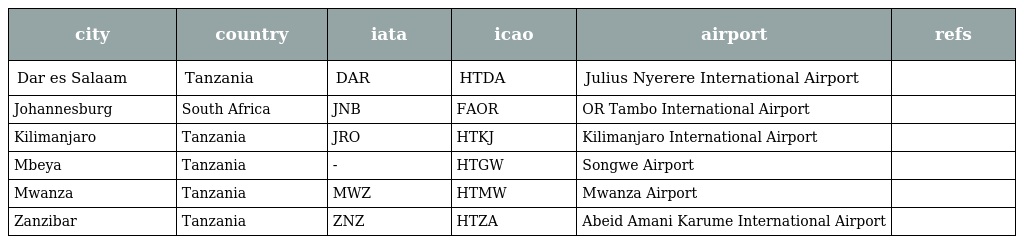
| city | country | iata | icao | airport | refs |
 | --- | --- | --- | --- | --- | --- |
 | Dar es Salaam | Tanzania | DAR | HTDA | Julius Nyerere International Airport |  |
 | Johannesburg | South Africa | JNB | FAOR | OR Tambo International Airport |  |
 | Kilimanjaro | Tanzania | JRO | HTKJ | Kilimanjaro International Airport |  |
 | Mbeya | Tanzania | - | HTGW | Songwe Airport |  |
 | Mwanza | Tanzania | MWZ | HTMW | Mwanza Airport |  |
 | Zanzibar | Tanzania | ZNZ | HTZA | Abeid Amani Karume International Airport |  |